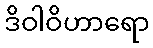
ဒိဝါဝိဟာရော